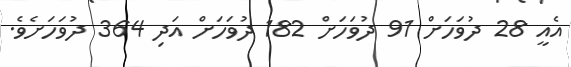
އެއީ 28 ދުވަހަށް 91 ދުވަހަށް 182 ދުވަހަށް އަދި 364 ދުވަހަށެވެ.